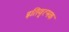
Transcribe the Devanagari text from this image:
इतिवृत्मक